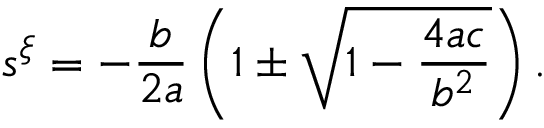
s ^ { \xi } = - \frac { b } { 2 a } \left( 1 \pm \sqrt { 1 - \frac { 4 a c } { b ^ { 2 } } } \right) .